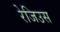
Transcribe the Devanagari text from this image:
रेजिउस